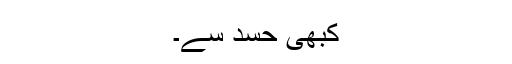
کبھی حسد سے۔